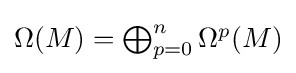
{\textstyle \Omega (M)=\bigoplus _{p=0}^{n}\Omega ^{p}(M)}